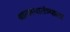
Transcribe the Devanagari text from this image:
बालस्वातंत्र्याला